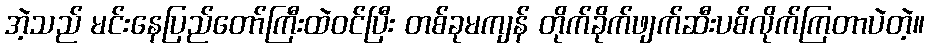
အဲ့သည် မင်းနေပြည်တော်ကြီးထဲဝင်ပြီး တစ်ခုမကျန် တိုက်ခိုက်ဖျက်ဆီးပစ်လိုက်ကြတာပဲတဲ့။